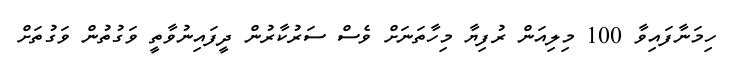
ހިމަނާފައިވާ 100 މިލިއަން ރުފިޔާ މިހާތަނަށް ވެސް ސަރުކާރުން ދީފައިނުވާތީ ވަގުތުން ވަގުތަށް